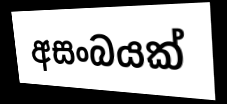
අසංබයක්